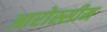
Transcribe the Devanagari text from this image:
आरोस्सीम